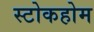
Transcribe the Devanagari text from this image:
स्टोकहोम